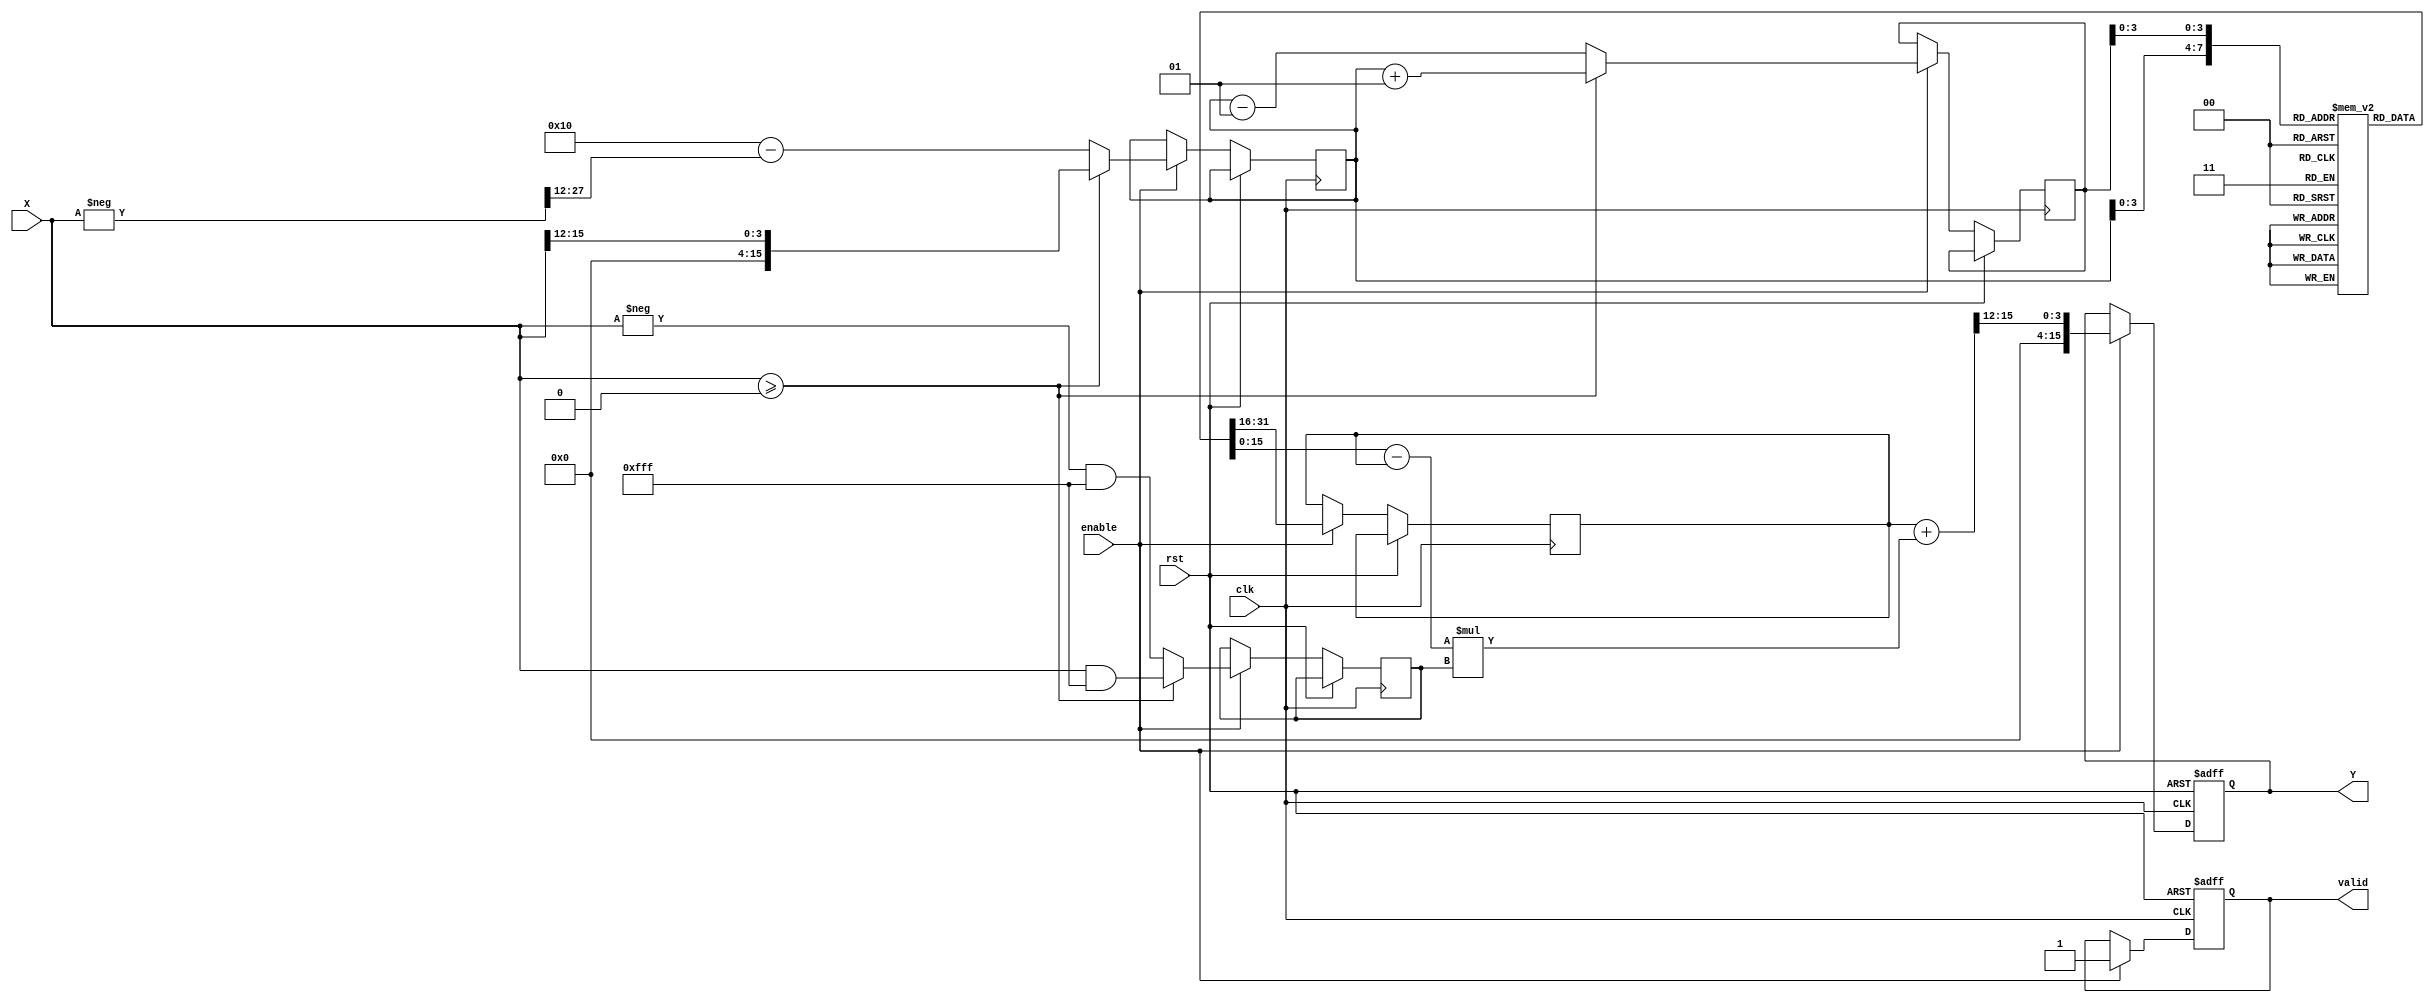
module atan_block (
    input wire clk,                // Clock signal
    input wire rst,                // Reset signal
    input wire enable,             // Enable signal
    input wire signed [15:0] X,    // Input data (fixed-point representation)
    output reg signed [15:0] Y,     // Output data (angle in radians)
    output reg valid               // Output valid signal
);

    // LUT for atan values (fixed-point representation)
    reg signed [15:0] lut [0:15]; // Example LUT size of 16 for simplicity

    // Initialize LUT with precomputed atan values (in radians)
    initial begin
        lut[0] = 0;                 // atan(0)
        lut[1] = 0.2449 * 32768;    // atan(0.25)
        lut[2] = 0.4636 * 32768;    // atan(0.5)
        lut[3] = 0.6435 * 32768;    // atan(0.75)
        lut[4] = 0.7854 * 32768;    // atan(1)
        lut[5] = 0.9273 * 32768;    // atan(1.25)
        lut[6] = 1.1071 * 32768;    // atan(1.5)
        lut[7] = 1.2490 * 32768;    // atan(1.75)
        lut[8] = 1.5708 * 32768;    // atan(+)
        lut[9] = -1.2490 * 32768;   // atan(-1.75)
        lut[10] = -1.1071 * 32768;  // atan(-1.5)
        lut[11] = -0.9273 * 32768;  // atan(-1.25)
        lut[12] = -0.7854 * 32768;  // atan(-1)
        lut[13] = -0.6435 * 32768;  // atan(-0.75)
        lut[14] = -0.4636 * 32768;  // atan(-0.5)
        lut[15] = -0.2449 * 32768;  // atan(-0.25)
    end

    // Internal signals for computation
    reg signed [15:0] lut_value;
    reg signed [15:0] lut_index;
    reg signed [15:0] lut_next_index;
    reg signed [15:0] fraction;
    
    always @(posedge clk or posedge rst) begin
        if (rst) begin
            Y <= 0;
            valid <= 0;
        end else if (enable) begin
            // Normalize input to range [0, 15] for LUT indexing
            if (X >= 0) begin
                lut_index <= (X >> 12); // Assuming X is in the range of -1 to 1 and we scale it
                lut_next_index <= lut_index + 1;
                fraction <= X & 12'hFFF; // Get the fractional part
            end else begin
                lut_index <= (16 - ((-X) >> 12)); // For negative values
                lut_next_index <= lut_index - 1;
                fraction <= (-X) & 12'hFFF; // Get the fractional part
            end
            
            // Interpolation calculation
            lut_value <= lut[lut_index];
            Y <= lut_value + ((lut[lut_next_index] - lut_value) * fraction) >> 12; // Linear interpolation
            valid <= 1; // Signal that output is valid
        end
    end
endmodule